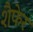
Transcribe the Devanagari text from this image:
शैफेर